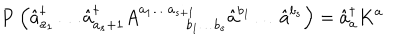
{ \bf P } \left( \hat { a } _ { a _ { 1 } } ^ { \dagger } \ldots \hat { a } _ { a _ { s } + 1 } ^ { \dagger } A _ { \; \; \quad \quad b _ { 1 } \ldots b _ { s } } ^ { a _ { 1 } \ldots a _ { s + 1 } } \hat { a } ^ { b _ { 1 } } \ldots \hat { a } ^ { b _ { s } } \right) = \hat { a } _ { a } ^ { \dagger } K ^ { a }